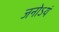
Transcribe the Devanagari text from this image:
जनोऽयं